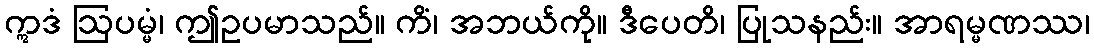
ဣဒံ ဩပမ္မံ၊ ဤဥပမာသည်။ ကိံ၊ အဘယ်ကို။ ဒီပေတိ၊ ပြုသနည်း။ အာရမ္မဏဿ၊